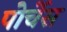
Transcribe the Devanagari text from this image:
पोर्चेस